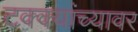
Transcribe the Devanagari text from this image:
टक्‍क्‍यांच्यावर